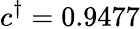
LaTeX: c^{\dagger}=0.9477